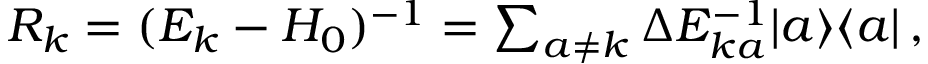
\begin{array} { r } { R _ { k } = ( E _ { k } - H _ { 0 } ) ^ { - 1 } = \sum _ { a \ne { k } } \Delta { E _ { k a } ^ { - 1 } } \ensuremath { | a \rangle } \ensuremath { \langle a | } \, , } \end{array}